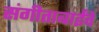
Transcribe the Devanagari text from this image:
संगीताबाईंचे